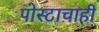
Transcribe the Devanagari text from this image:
पोस्टाचाही